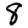
Digit: 8